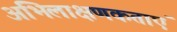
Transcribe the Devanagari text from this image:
अभिलाक्षणकताएं